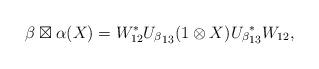
LaTeX: \begin{align*}\beta\boxtimes\alpha(X)=W^*_{12}{U_\beta}_{13} (1\otimes X){U_\beta}^*_{13}W_{12},\end{align*}